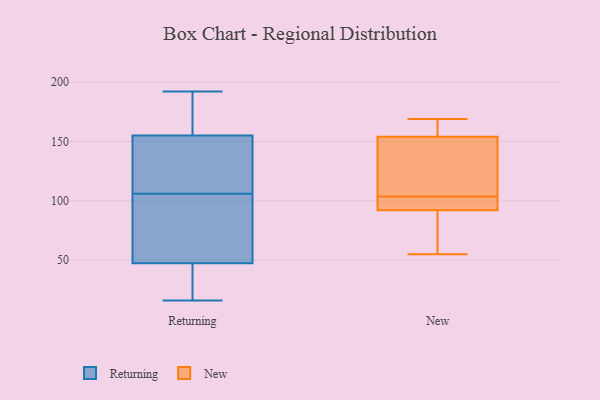
{"axis": {"x": "Demand Index", "y": "Value"}, "legend": ["New", "Returning"], "data": [{"x": "", "y": 58, "type": "Returning"}, {"x": "", "y": 152, "type": "Returning"}, {"x": "", "y": 49, "type": "Returning"}, {"x": "", "y": 176, "type": "Returning"}, {"x": "", "y": 126, "type": "Returning"}, {"x": "", "y": 16, "type": "Returning"}, {"x": "", "y": 154, "type": "Returning"}, {"x": "", "y": 106, "type": "Returning"}, {"x": "", "y": 158, "type": "Returning"}, {"x": "", "y": 86, "type": "Returning"}, {"x": "", "y": 34, "type": "Returning"}, {"x": "", "y": 192, "type": "Returning"}, {"x": "", "y": 42, "type": "Returning"}, {"x": "", "y": 110, "type": "New"}, {"x": "", "y": 91, "type": "New"}, {"x": "", "y": 95, "type": "New"}, {"x": "", "y": 92, "type": "New"}, {"x": "", "y": 146, "type": "New"}, {"x": "", "y": 55, "type": "New"}, {"x": "", "y": 97, "type": "New"}, {"x": "", "y": 161, "type": "New"}, {"x": "", "y": 169, "type": "New"}, {"x": "", "y": 154, "type": "New"}]}